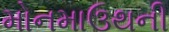
મોનમાઉથની